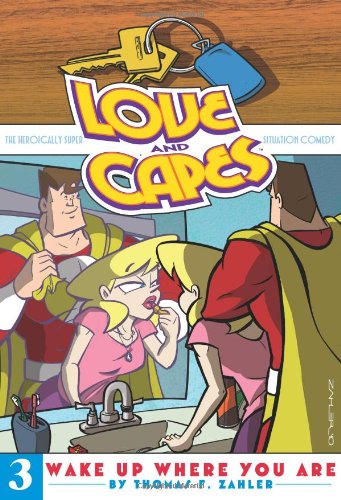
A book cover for Love and Capes Volume 3: Wake Up Where You Are; Thom Zahler; Comics & Graphic Novels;